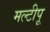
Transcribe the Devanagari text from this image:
मल्टीपू